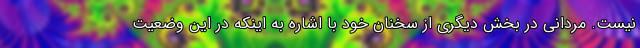
نیست. مردانی در بخش دیگری از سخنان خود با اشاره به اینکه در این وضعیت